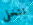
نتخلى